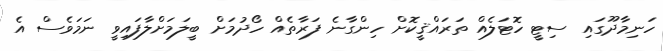
ހަނިމާދޫގައި ސިޓީ ހޮޓަލެއް ތަރައްޤީކޮށް ހިންގާނެ ފަރާތެއް ހޯދުމަށް ބީލަމަށްލާފައިވީ ނަމަވެސް އެ